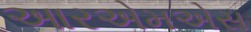
આરએમએસ